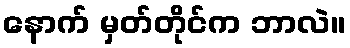
နောက် မှတ်တိုင်က ဘာလဲ။